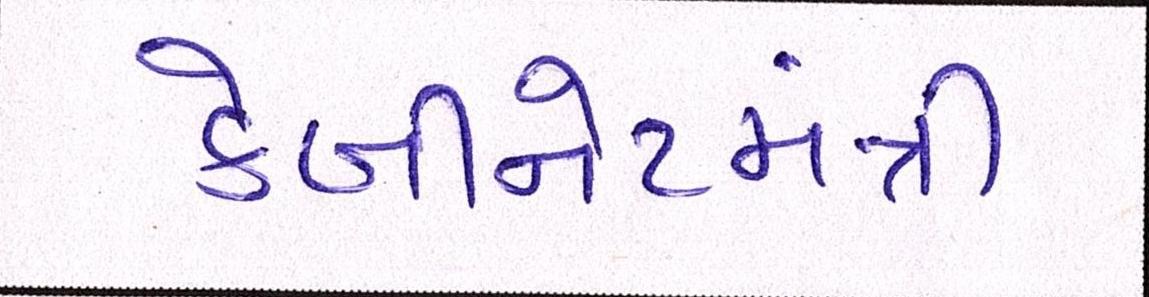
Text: કેબીનેટમંત્રી